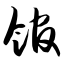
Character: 馆